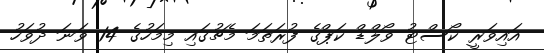
އައިވަރީ ކޯސްޓު ވޯލްޑް ކަޕްގެ ފުރަތަމަ މެޗުގައި މިމަހުގެ 14 ވަނަ ދުވަހު